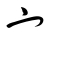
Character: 宀